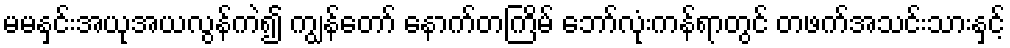
မမနှင်းအယုအယလွန်ကဲ၍ ကျွန်တော် နောက်တကြိမ် ဘော်လုံးကန်ရာတွင် တဖက်အသင်းသားနှင့်